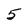
Character: 5